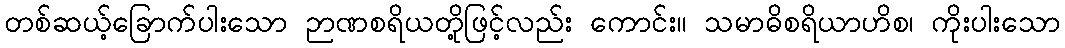
တစ်ဆယ့်ခြောက်ပါးသော ဉာဏစရိယတို့ဖြင့်လည်း ကောင်း။ သမာဓိစရိယာဟိစ၊ ကိုးပါးသော